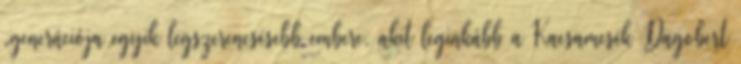
„generációja egyik legszerencsésebb embere, akit leg­inkább a Kacsamesék Dagobert